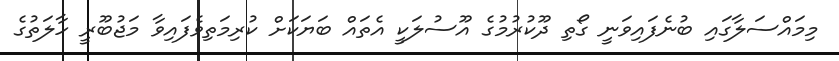
މިމައްސަލާގައި ބުނެފައިވަނީ ގޯތި ދޫކުރުމުގެ އޫސުލަކީ އެތައް ބަޔަކަށް ކުރިމަތިވެފައިވާ މަޖުބޫރީ ހާލަތުގެ